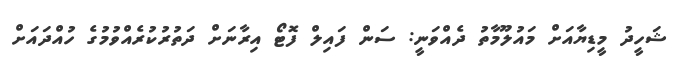
ޝަހީދު މީޑިޔާއަށް މައުލޫމާތު ދެއްވަނީ: ސަން ފައިލް ފޮޓޯ އިރާނަށް ދަތުރުކުރެއްވުމުގެ ހުއްދައަށް